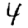
Digit: 4